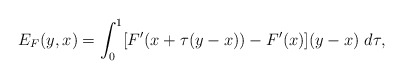
\begin{align*} E_{F}(y,x)=\int_0 ^1 [F'(x+\tau(y-x))-F'(x)](y-x)\; d\tau, \end{align*}